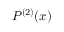
P ^ { ( 2 ) } ( x )